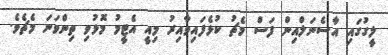
ލީގުގައި އާސެނަލްއިން ފަސް މެޗު ކުޅެފައިވާއިރު މިއީ އެޓީމު މޮޅުވި ތިންވަނަ މެޗެވެ.